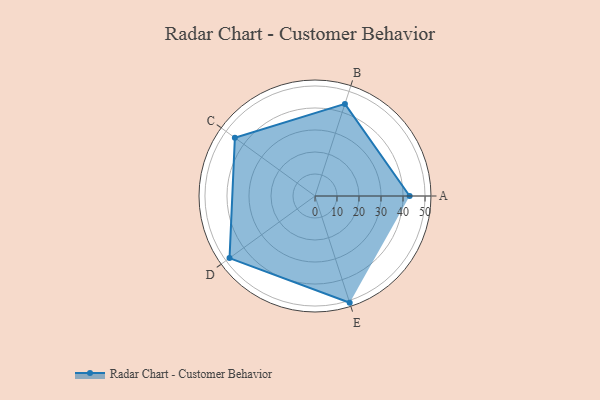
{"axis": {"x": "Skill", "y": "Score"}, "legend": ["Profile"], "data": [{"x": "A", "y": 43.0, "type": "Profile"}, {"x": "B", "y": 44.0, "type": "Profile"}, {"x": "C", "y": 45.0, "type": "Profile"}, {"x": "D", "y": 48.0, "type": "Profile"}, {"x": "E", "y": 51.0, "type": "Profile"}]}